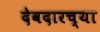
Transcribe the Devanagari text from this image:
देवदारच्या